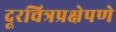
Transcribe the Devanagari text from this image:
दूरचित्रप्रक्षेपणे